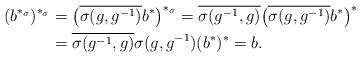
LaTeX: \begin{align*}(b^{*_\sigma})^{*_\sigma}&=\big(\overline{\sigma(g,g^{-1})}b^*\big)^{*_\sigma}=\overline{\sigma(g^{-1},g)}\big(\overline{\sigma(g,g^{-1})}b^*\big)^*\\&=\overline{\sigma(g^{-1},g)}\sigma(g,g^{-1})(b^*)^*=b.\end{align*}